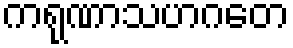
ကရုဏာသဟဂတေ